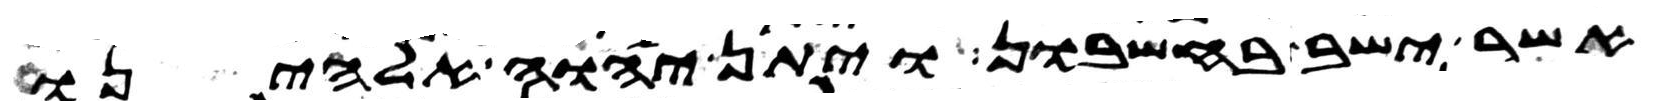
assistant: אשר ישב בחשבון ויתן יהוה אלהינו